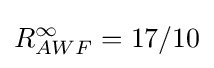
R_{AWF}^{\infty }=17/10